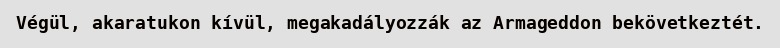
Végül, akaratukon kívül, megakadályozzák az Armageddon bekövetkeztét.